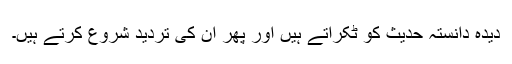
دیدہ دانستہ حدیث کو ٹکراتے ہیں اور پھر ان کی تردید شروع کرتے ہیں۔